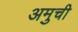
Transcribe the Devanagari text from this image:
अमुची